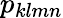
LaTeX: p_{klmn}